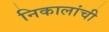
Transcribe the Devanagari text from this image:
निकालांची